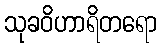
သုခဝိဟာရိတရော